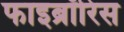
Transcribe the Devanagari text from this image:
फाइब्रॉरिस